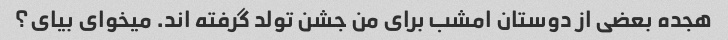
هجده بعضی از دوستان امشب برای من جشن تولد گرفته اند. میخوای بیای؟